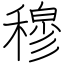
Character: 穆